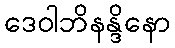
ဒေဝါဘိနန္ဒိနော